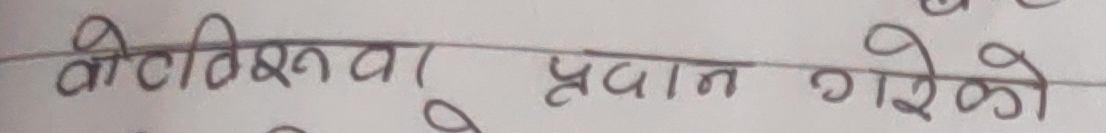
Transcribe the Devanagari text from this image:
वोटविश्वभर प्रदान गरेको